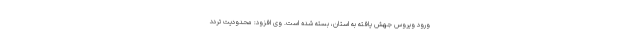
ورود ویروس جهش یافته به استان، بسته شده است. وی افزود: محدودیت تردد